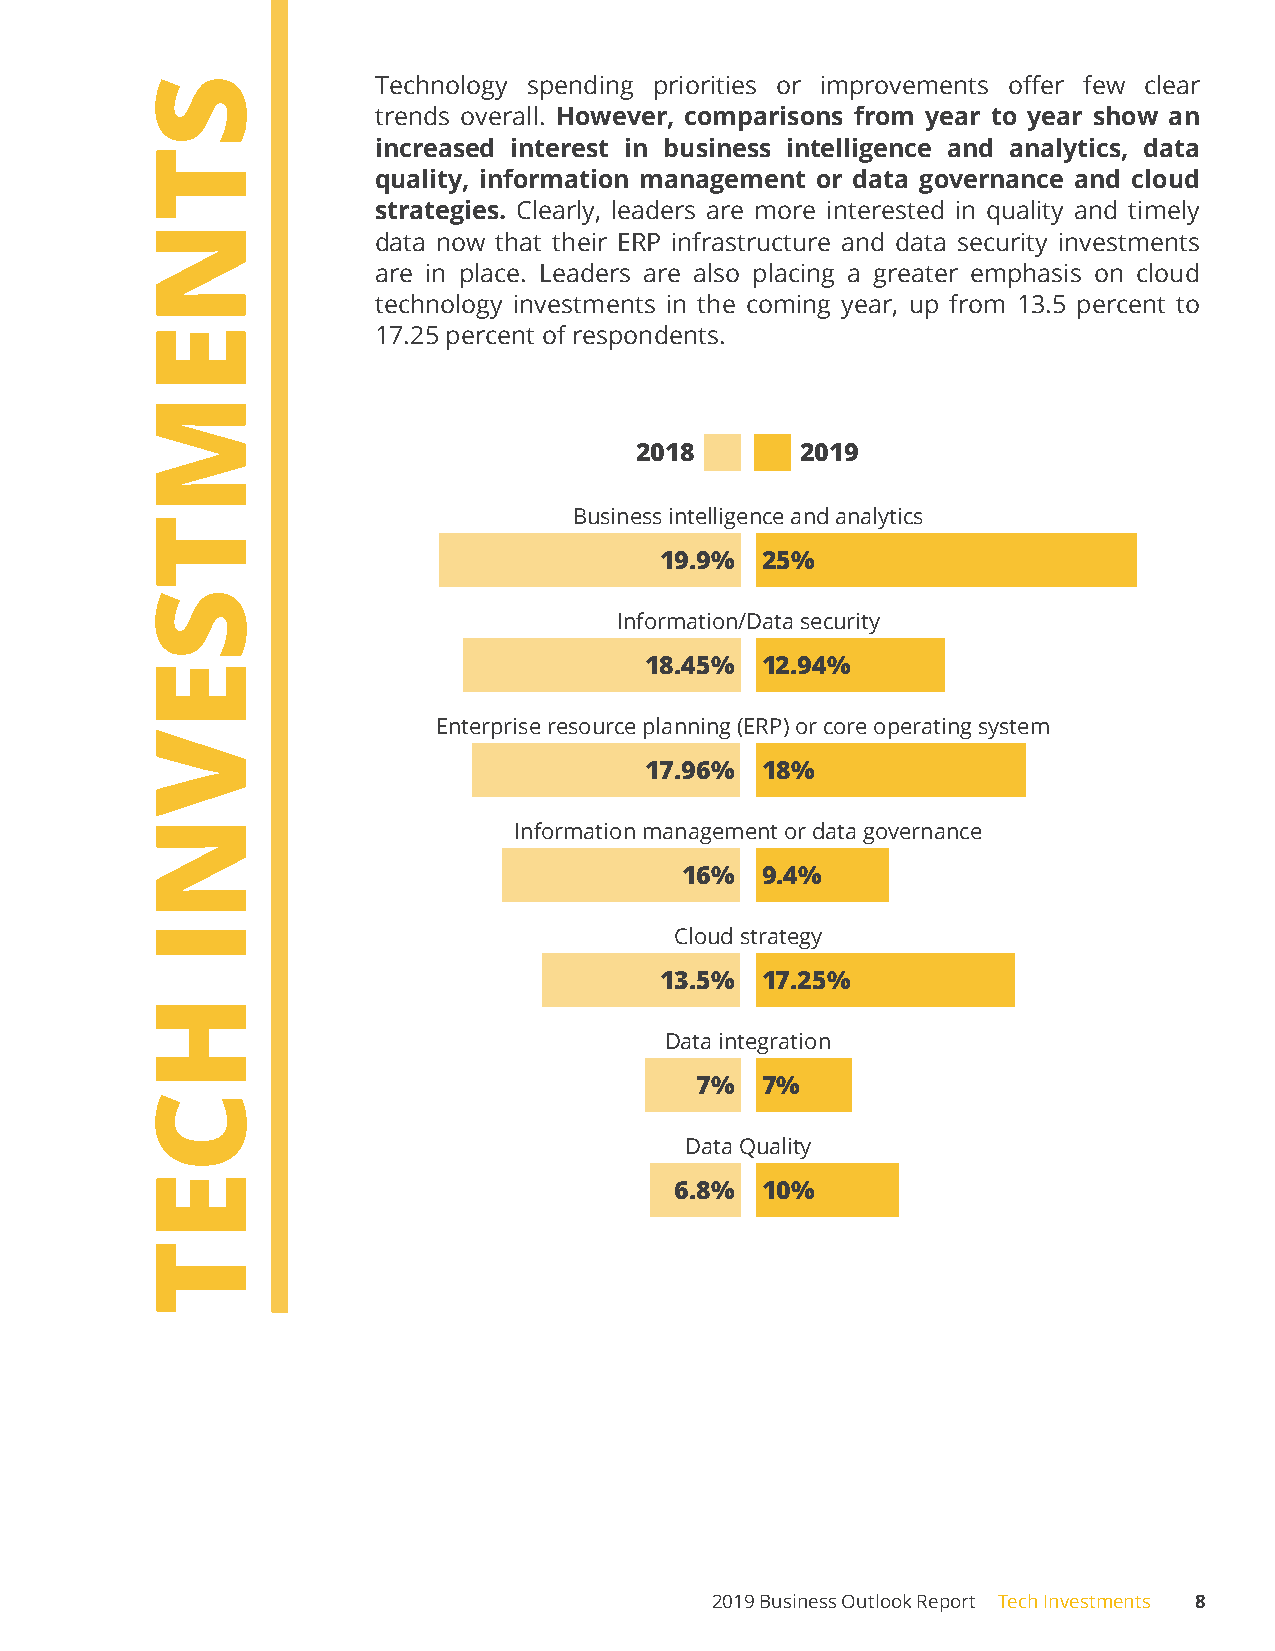
Technology spending priorities or improvements offer few clear
 trends overall. However, comparisons from year to year show an
 increased interest in business intelligence and analytics, data
 quality, information management or data governance and cloud
 strategies. Clearly, leaders are more interested in quality and timely
 data now that their ERP infrastructure and data security investments
 are in place. Leaders are also placing a greater emphasis on cloud
 technology investments in the coming year, up from 13.5 percent to
 17.25 percent of respondents.
 2018       2019
 Business intelligence and analytics
 19.9% 25%
 Information/Data security
 18.45% 12.94%
 Enterprise resource planning (ERP) or core operating system
 17.96% 18%
 Information management or data governance
 16%  9.4%
 Cloud strategy
 13.5% 17.25%
 Data integration
 7%  7%
 Data Quality
 6.8% 10%
 2019 Business Outlook Report Tech Investments 8
 STNEMTSEVNI
 HCET